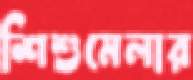
শিশুমেলার